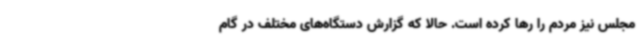
مجلس نیز مردم را رها کرده است. حالا که گزارش دستگاه‌های مختلف در گام